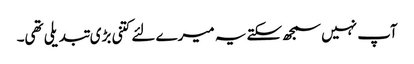
آپ نہیں سمجھ سکتے یہ میرے لئے کتنی بڑی تبدیلی تھی۔